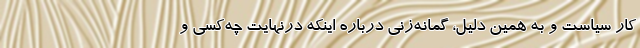
کار سیاست و به همین دلیل، گمانه‌زنی درباره اینکه درنهایت چه‌کسی و